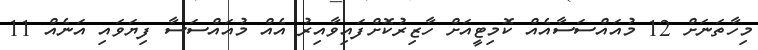
މިހާތަނަށް 12 މުއައްސަސާއެއް ކޮމިޓީއަށް ހާޒިރުކޮށްފައިވާއިރު އެއް މުއައްސަސާ ފިޔަވައި އަނެއް 11